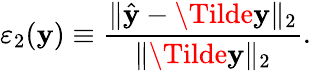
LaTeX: \varepsilon_{2}(\mathbf{y})\equiv\frac{{\| \hat{{\mathbf{{\mathbf{y}}}}}-\Tilde{\mathbf{{\mathbf{y}}}}\| _{2}}}{{\| \Tilde{\mathbf{{\mathbf{y}}}}\| _{2}}}.